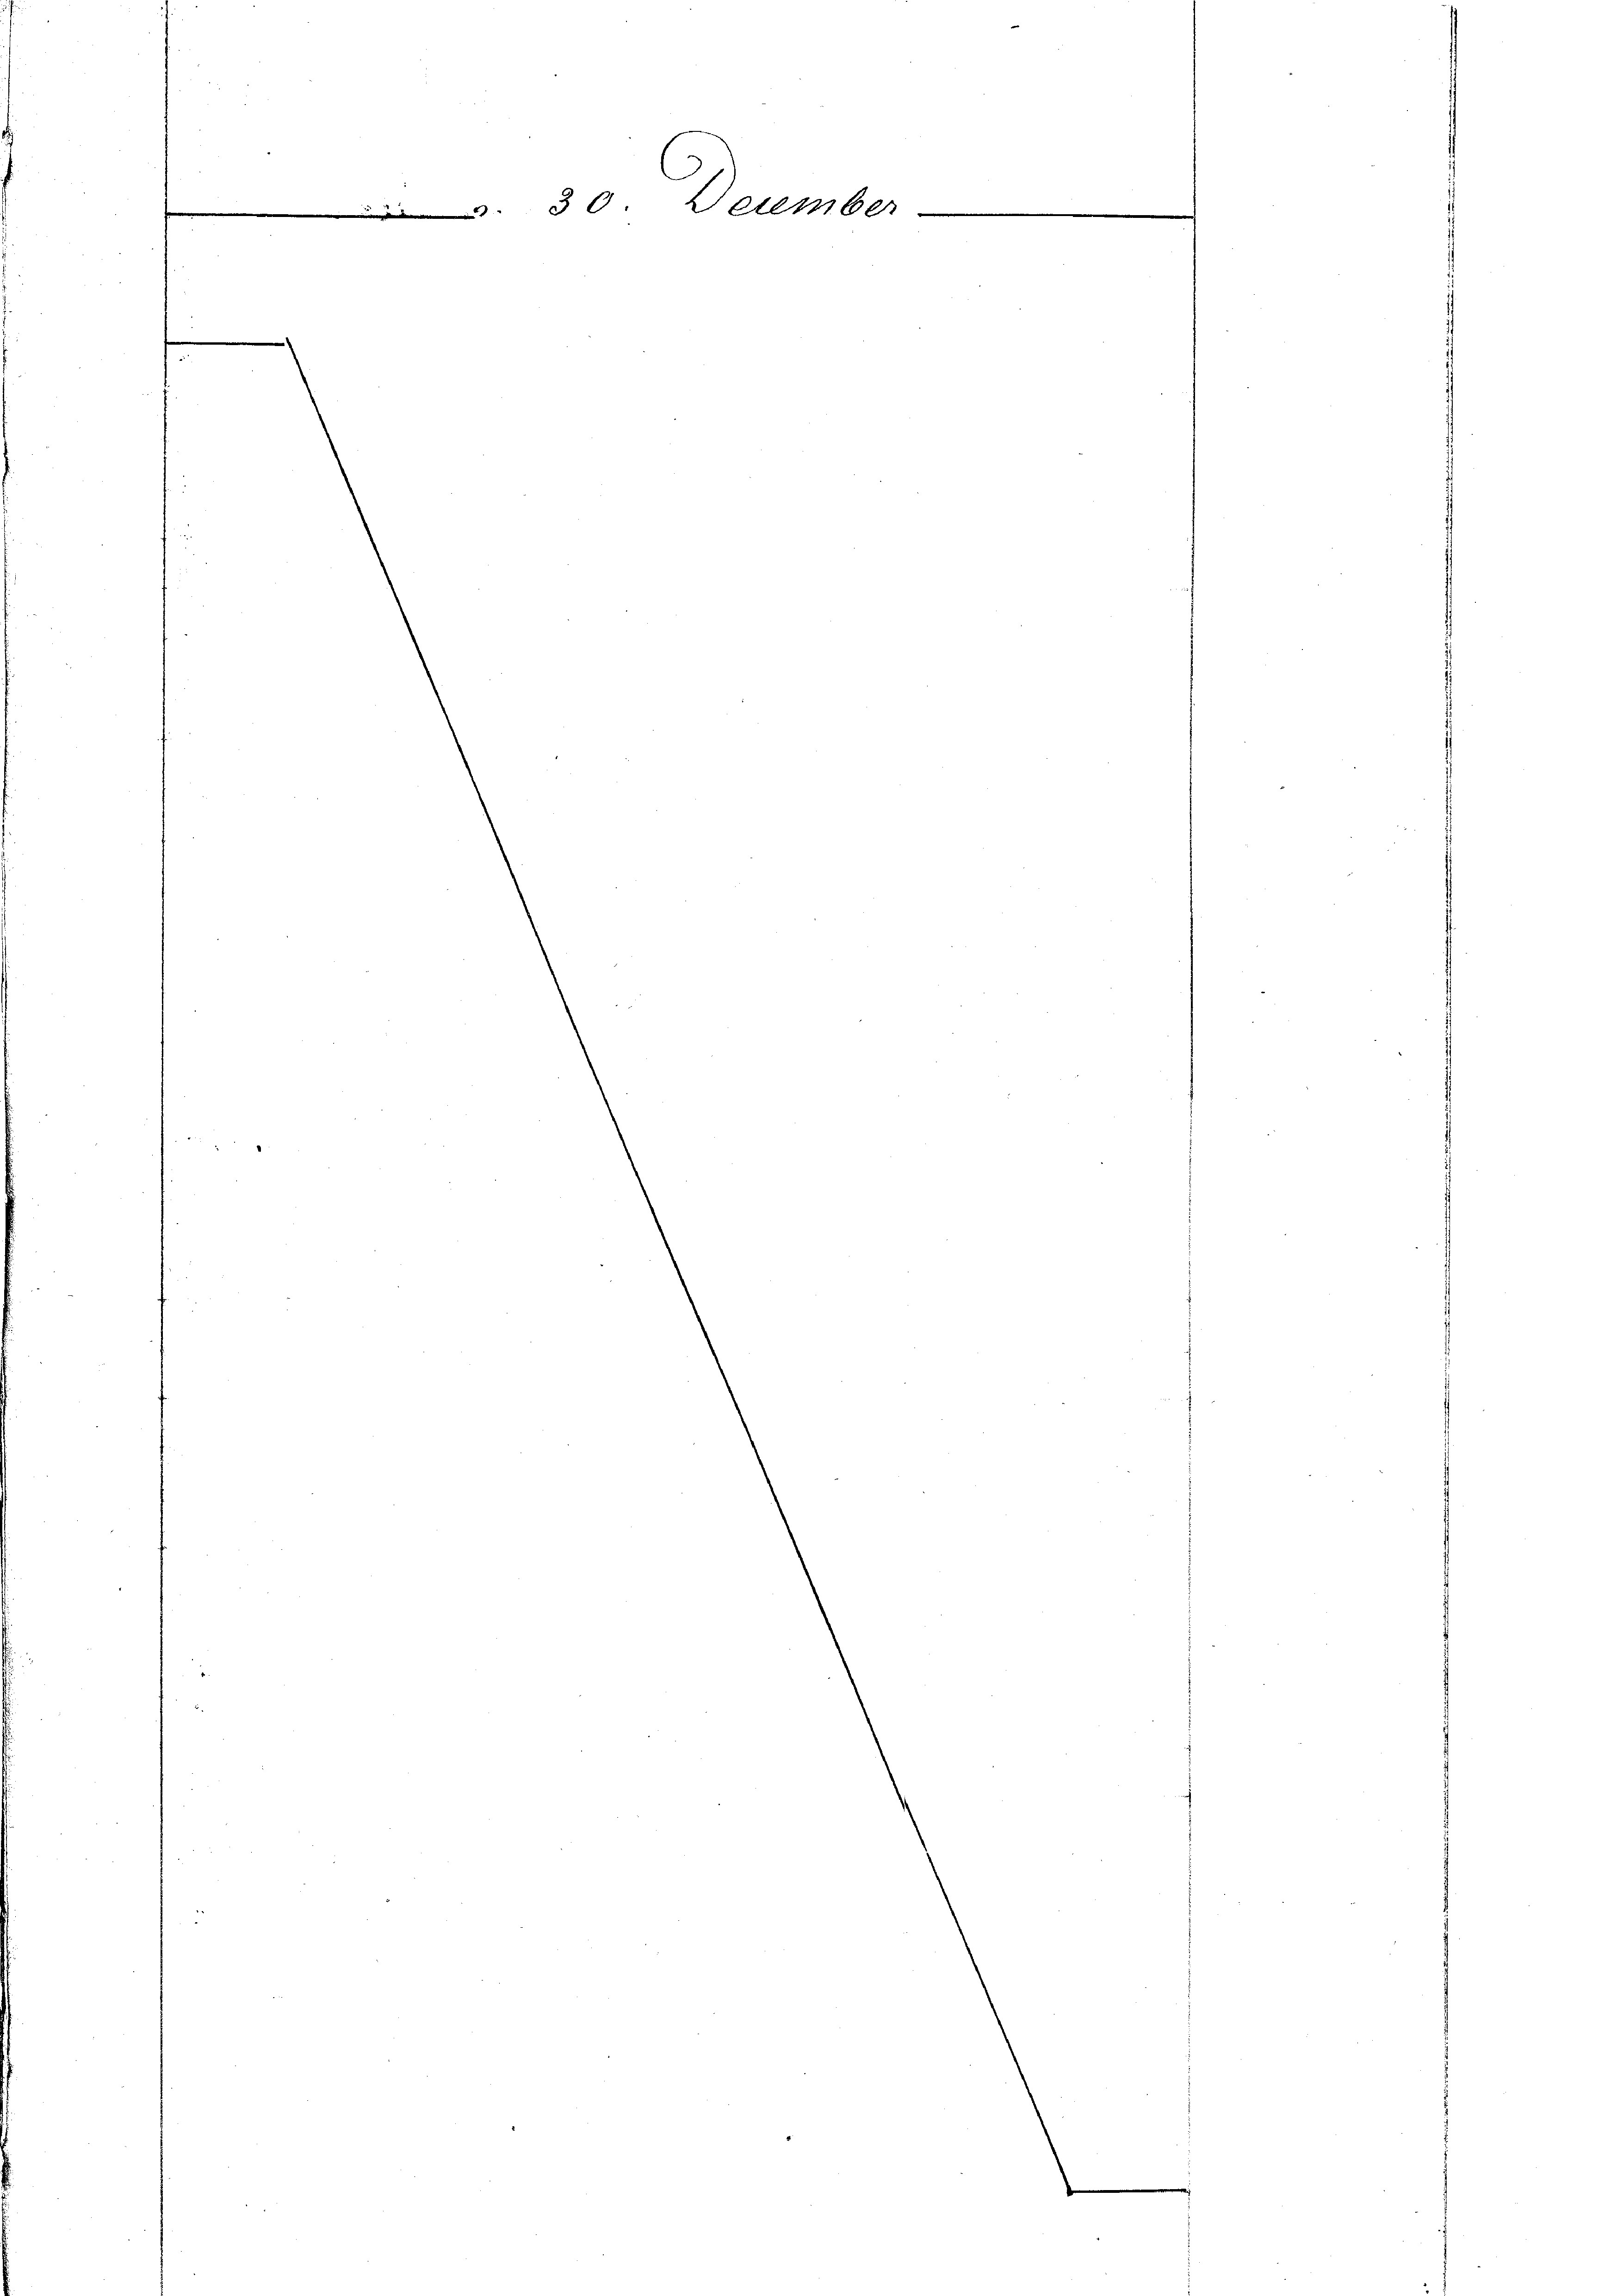
v. 30. December